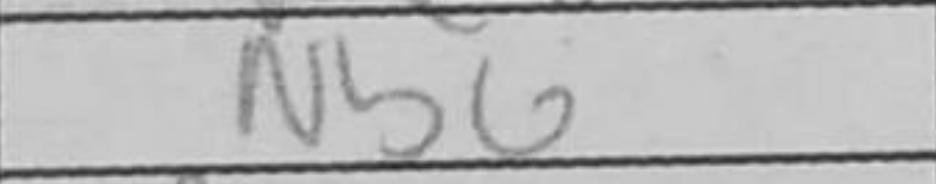
Transcription: Nb6